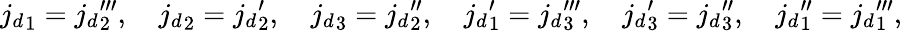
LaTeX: {j_{d}}_{1}={j_{d}}_{2}^{\prime\prime\prime},\quad{j_{d}}_{2}={j_{d}}_{2}^{\prime},\quad{j_{d}}_{3}={j_{d}}_{2}^{\prime\prime},\quad{j_{d}}_{1}^{\prime}={j_{d}}_{3}^{\prime\prime\prime},\quad{j_{d}}_{3}^{\prime}={j_{d}}_{3}^{\prime\prime},\quad{j_{d}}_{1}^{\prime\prime}={j_{d}}_{1}^{\prime\prime\prime},